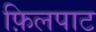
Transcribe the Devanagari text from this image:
फ़िलपाट